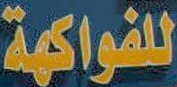
للفواكهة